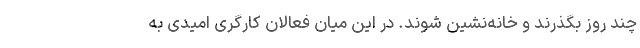
چند روز بگذرند و خانه‌نشین شوند. در این میان فعالان کارگری امیدی به